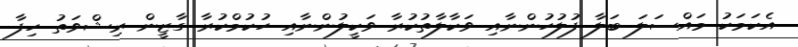
އެކަމަކު މައްސަލަ ބަލާ ފުލުހުންނާއި ވަކާލާތުކުރާ ވަކީލުންނާއި ހުކުމްކުރާ ގާޒީން ރިޝްވަތު ހިފާ